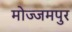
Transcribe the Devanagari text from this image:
मोज्जमपुर